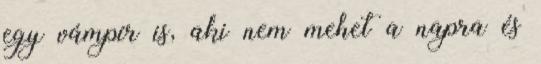
egy vámpír is, aki nem mehet a napra és